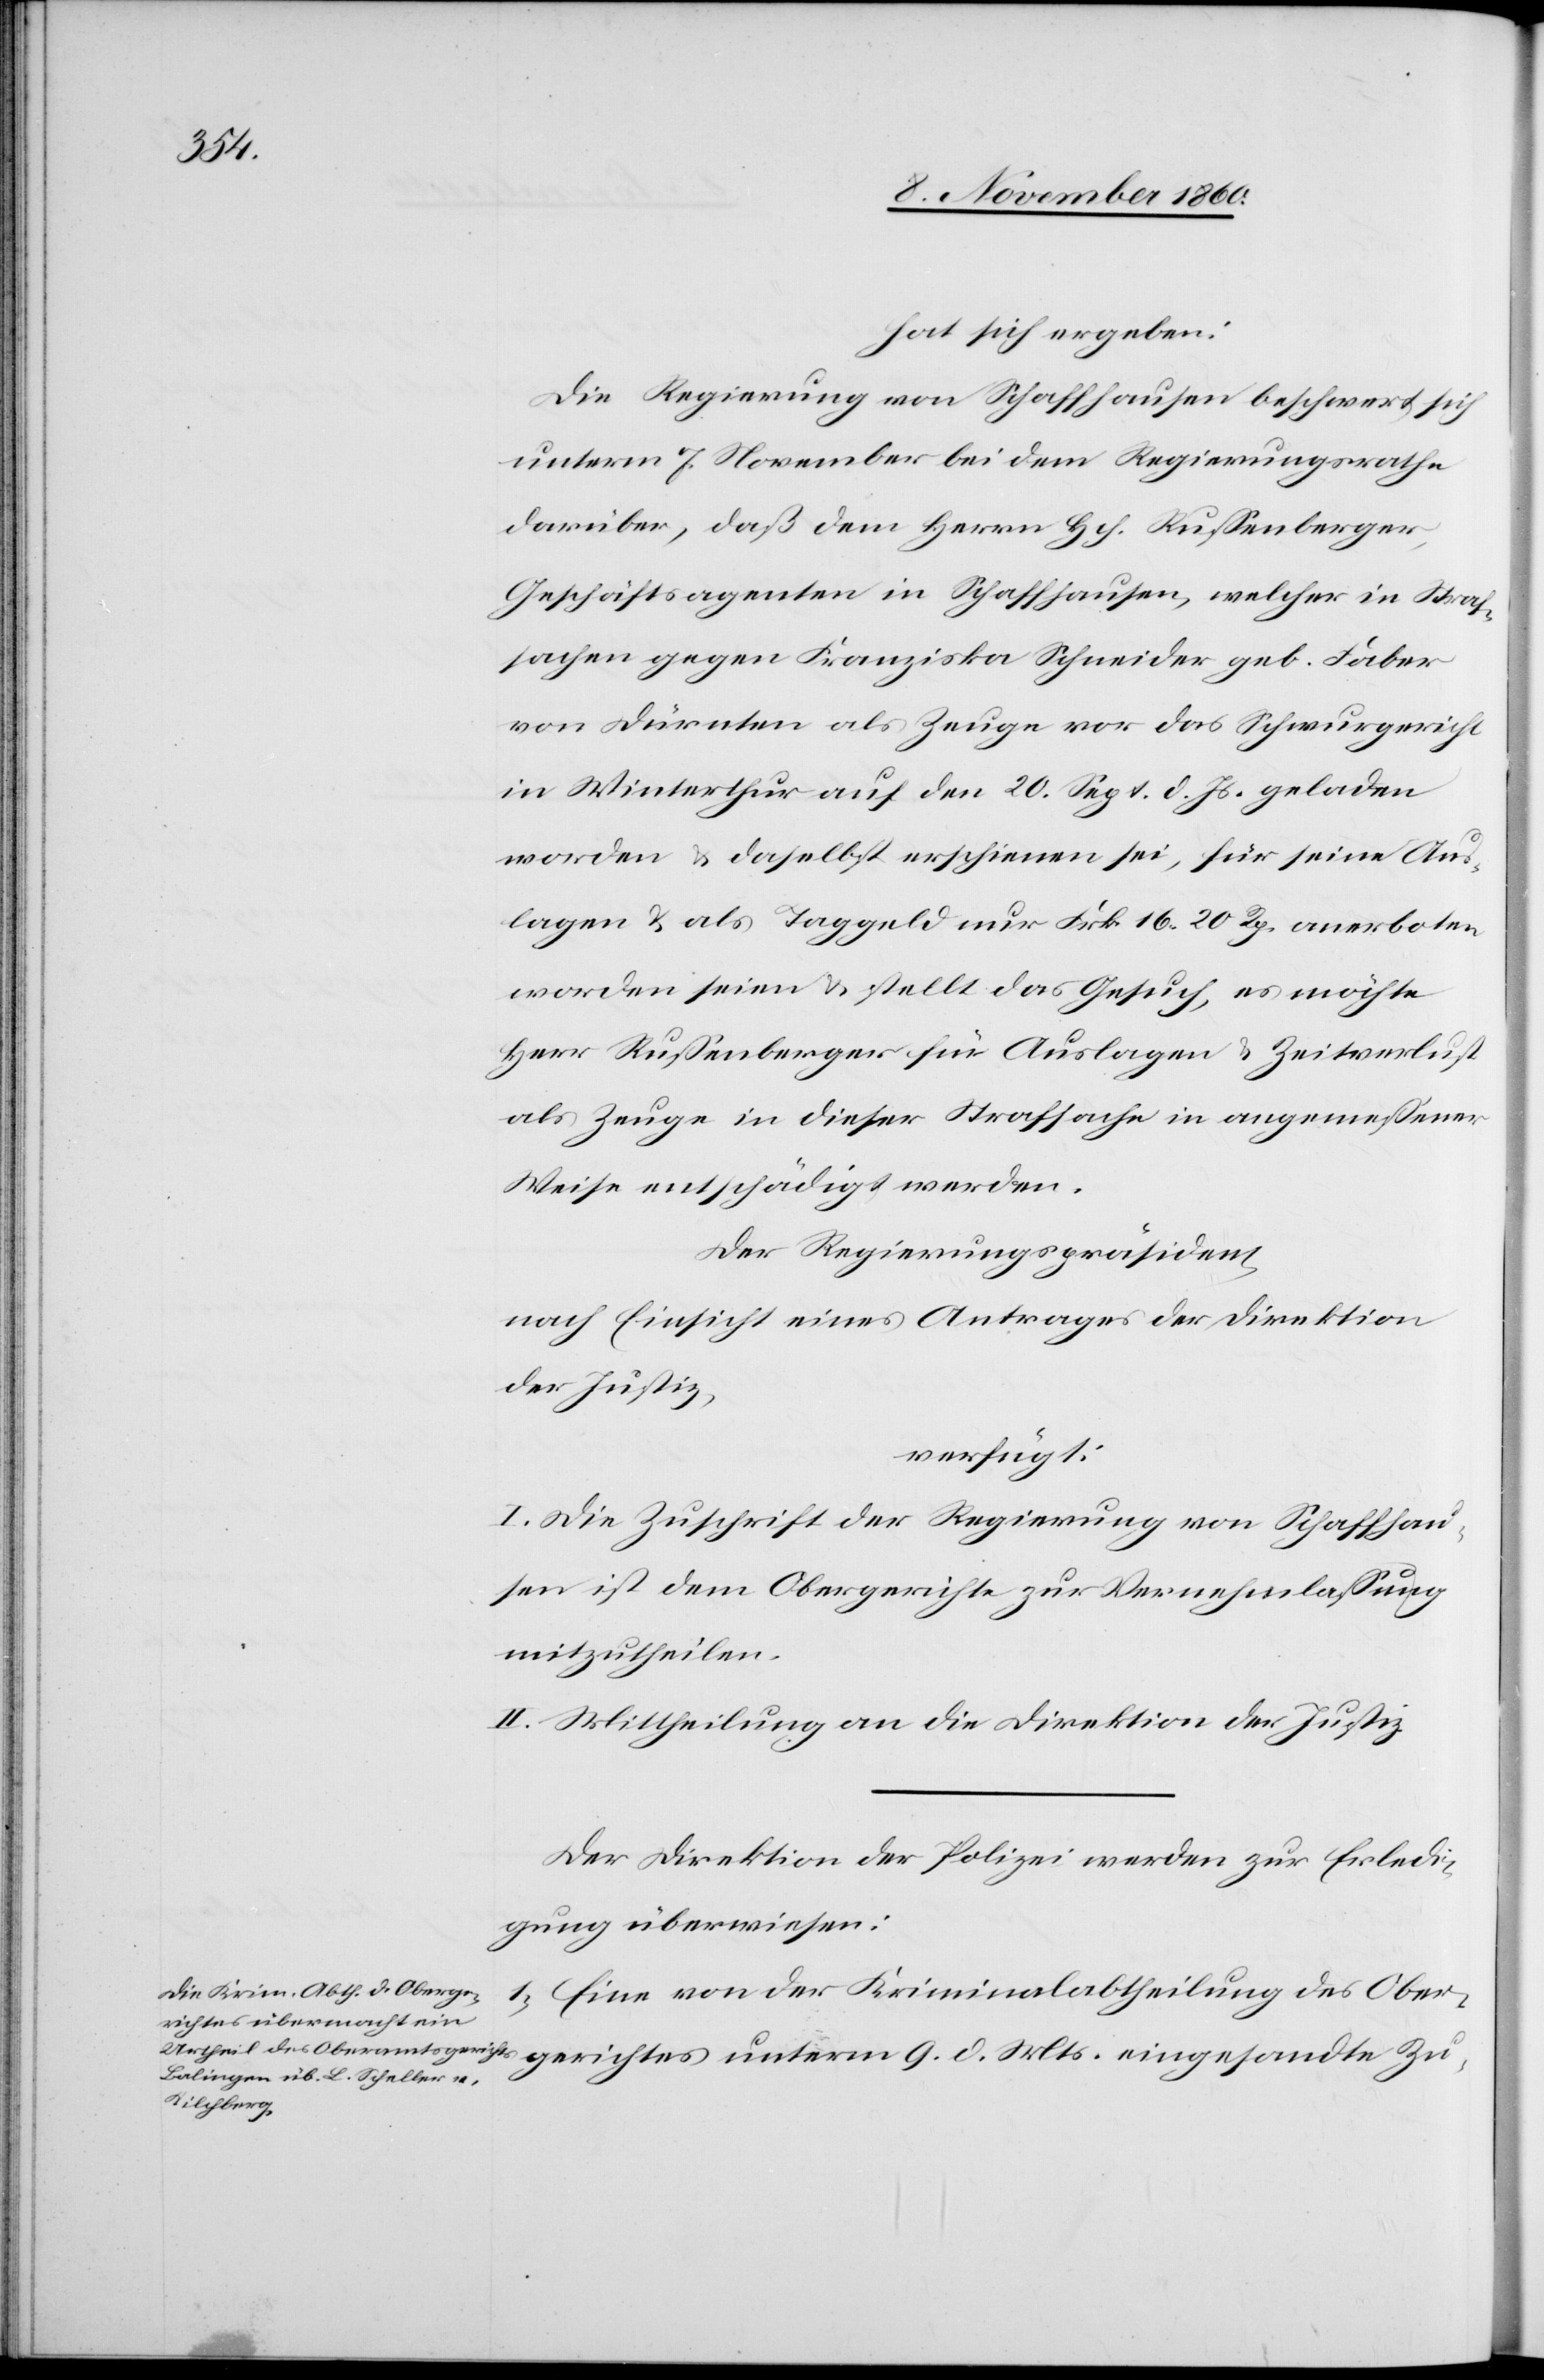
12. November 1860.]
hat sich ergeben:
Die Regierung von Schaffhausen beschwert sich
unterm 7. November bei dem Regierungsrathe
darüber, daß dem Herrn Hch. Russenberger,
Geschäftsagenten in Schaffhausen, welcher in Straf¬
sachen gegen Franziska Schneider geb. Faber
von Dürnten als Zeuge vor das Schwurgericht
in Winterthur auf den 20. Sept. d. Js. geladen
worden u. daselbst erschienen sei, für seine Aus¬
lagen u. als Taggeld nur Frk. 16 20 Rp. anerboten
worden seien u. stellt das Gesuch, es möchte
Herr Russenbeger für Auslagen u. Zeitverlust
als Zeuge in dieser Strafsache in angemessener
Weise entschädigt werden.
Der Regierungspräsident
nach Einsicht eines Antrages der Direktion
der Justiz,
verfügt:
I. Die Zuschrift der Regierung von Schaffhau¬
sen ist dem Obergerichte zur Vernehmlassung
mitzutheilen.
II. Mittheilung an die Direktion der Justiz.
Der Direktion der Polizei werden zur Erledi¬
gung überwiesen:
1) Eine von der Kriminalabtheilung des Ober¬
gerichtes